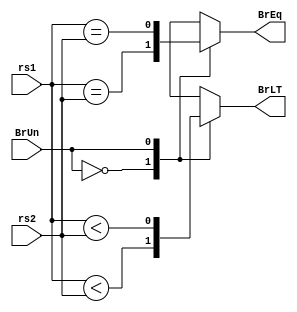
module branch_compare #(
    parameter WIDTH=32
) (
    input[WIDTH-1:0] rs1,
    input[WIDTH-1:0] rs2,
    input BrUn,
    output reg BrEq,
    output reg BrLT);
    
    always @(*) begin
        case (BrUn)
            0:begin
                BrEq=$signed(rs1)==$signed(rs2);
                BrLT=$signed(rs1)<$signed(rs2);
            end
            1:begin
                BrEq=$unsigned(rs1)==$unsigned(rs2);
                BrLT=$unsigned(rs1)<$unsigned(rs2);
            end  
 
        endcase
    end
    
endmodule